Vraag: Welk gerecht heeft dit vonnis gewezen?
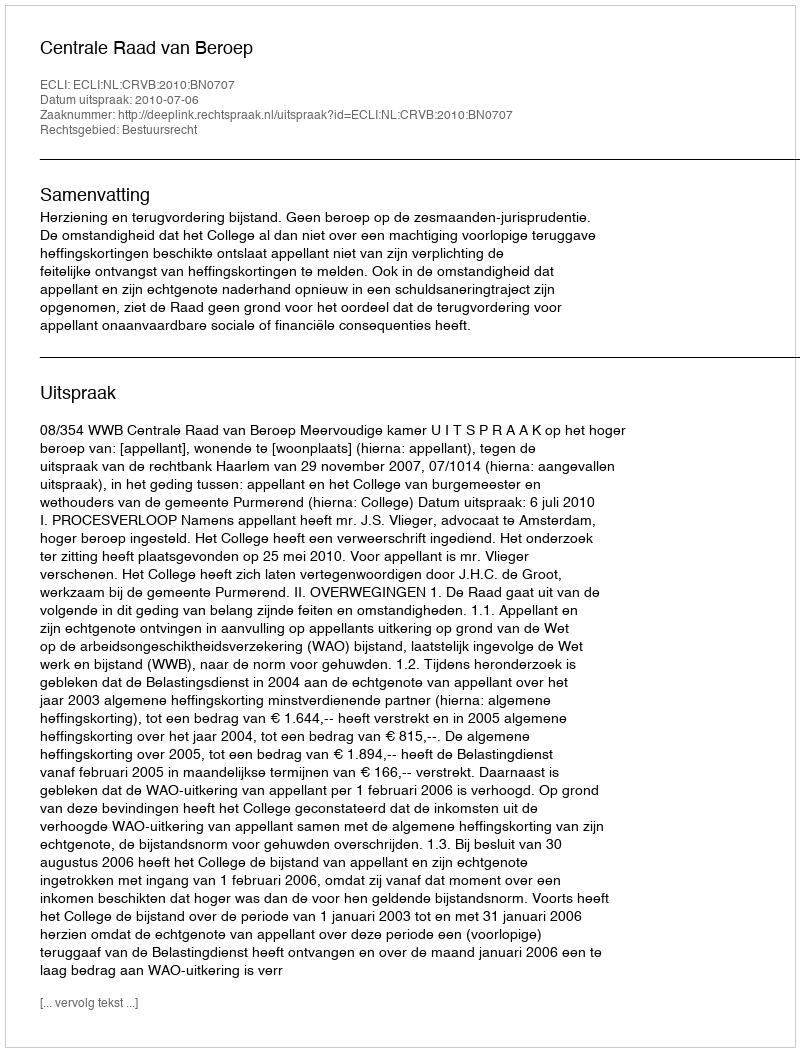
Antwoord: Centrale Raad van Beroep